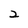
Character: 2